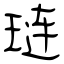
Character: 琏